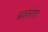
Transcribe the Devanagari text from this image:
बजारांत